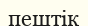
пештік